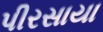
પીરસાયા